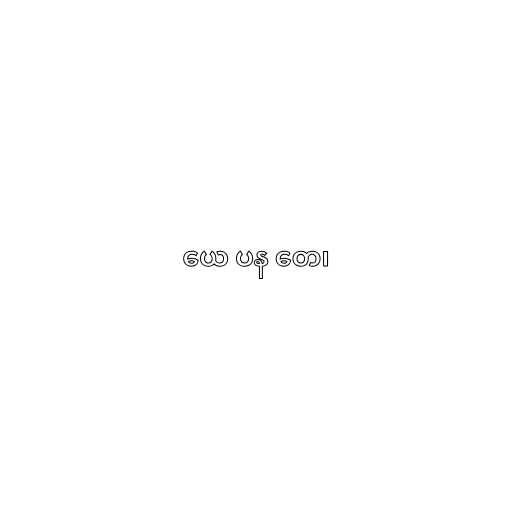
ယေ ပန တေ၊